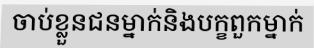
ចាប់ខ្លួនជនម្នាក់និងបក្ខពួកម្នាក់